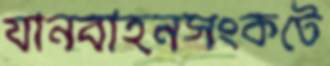
যানবাহনসংকটে